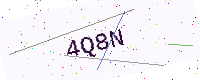
Text: 4Q8N